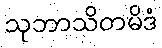
သုဘာသိတမိဒံ